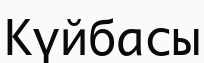
Күйбасы